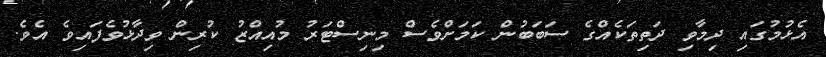
އެޅުމުގައި ދިމާވި ދަތިތަކެއްގެ ސަބަބުން ކަމަށްވެސް މިނިސްޓަރު މުއިއްޒު ކުރިން ވިދާޅުވެފައިވެ އެވެ.